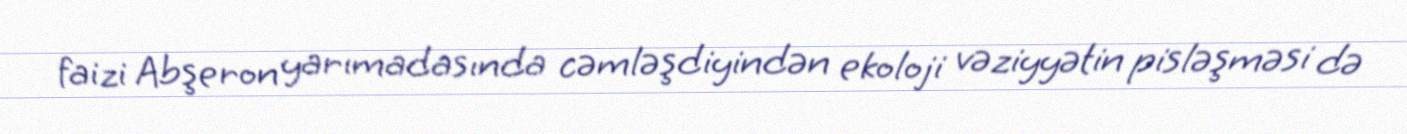
faizi Abşeron yarımadasında cəmləşdiyindən ekoloji vəziyyətin pisləşməsi də